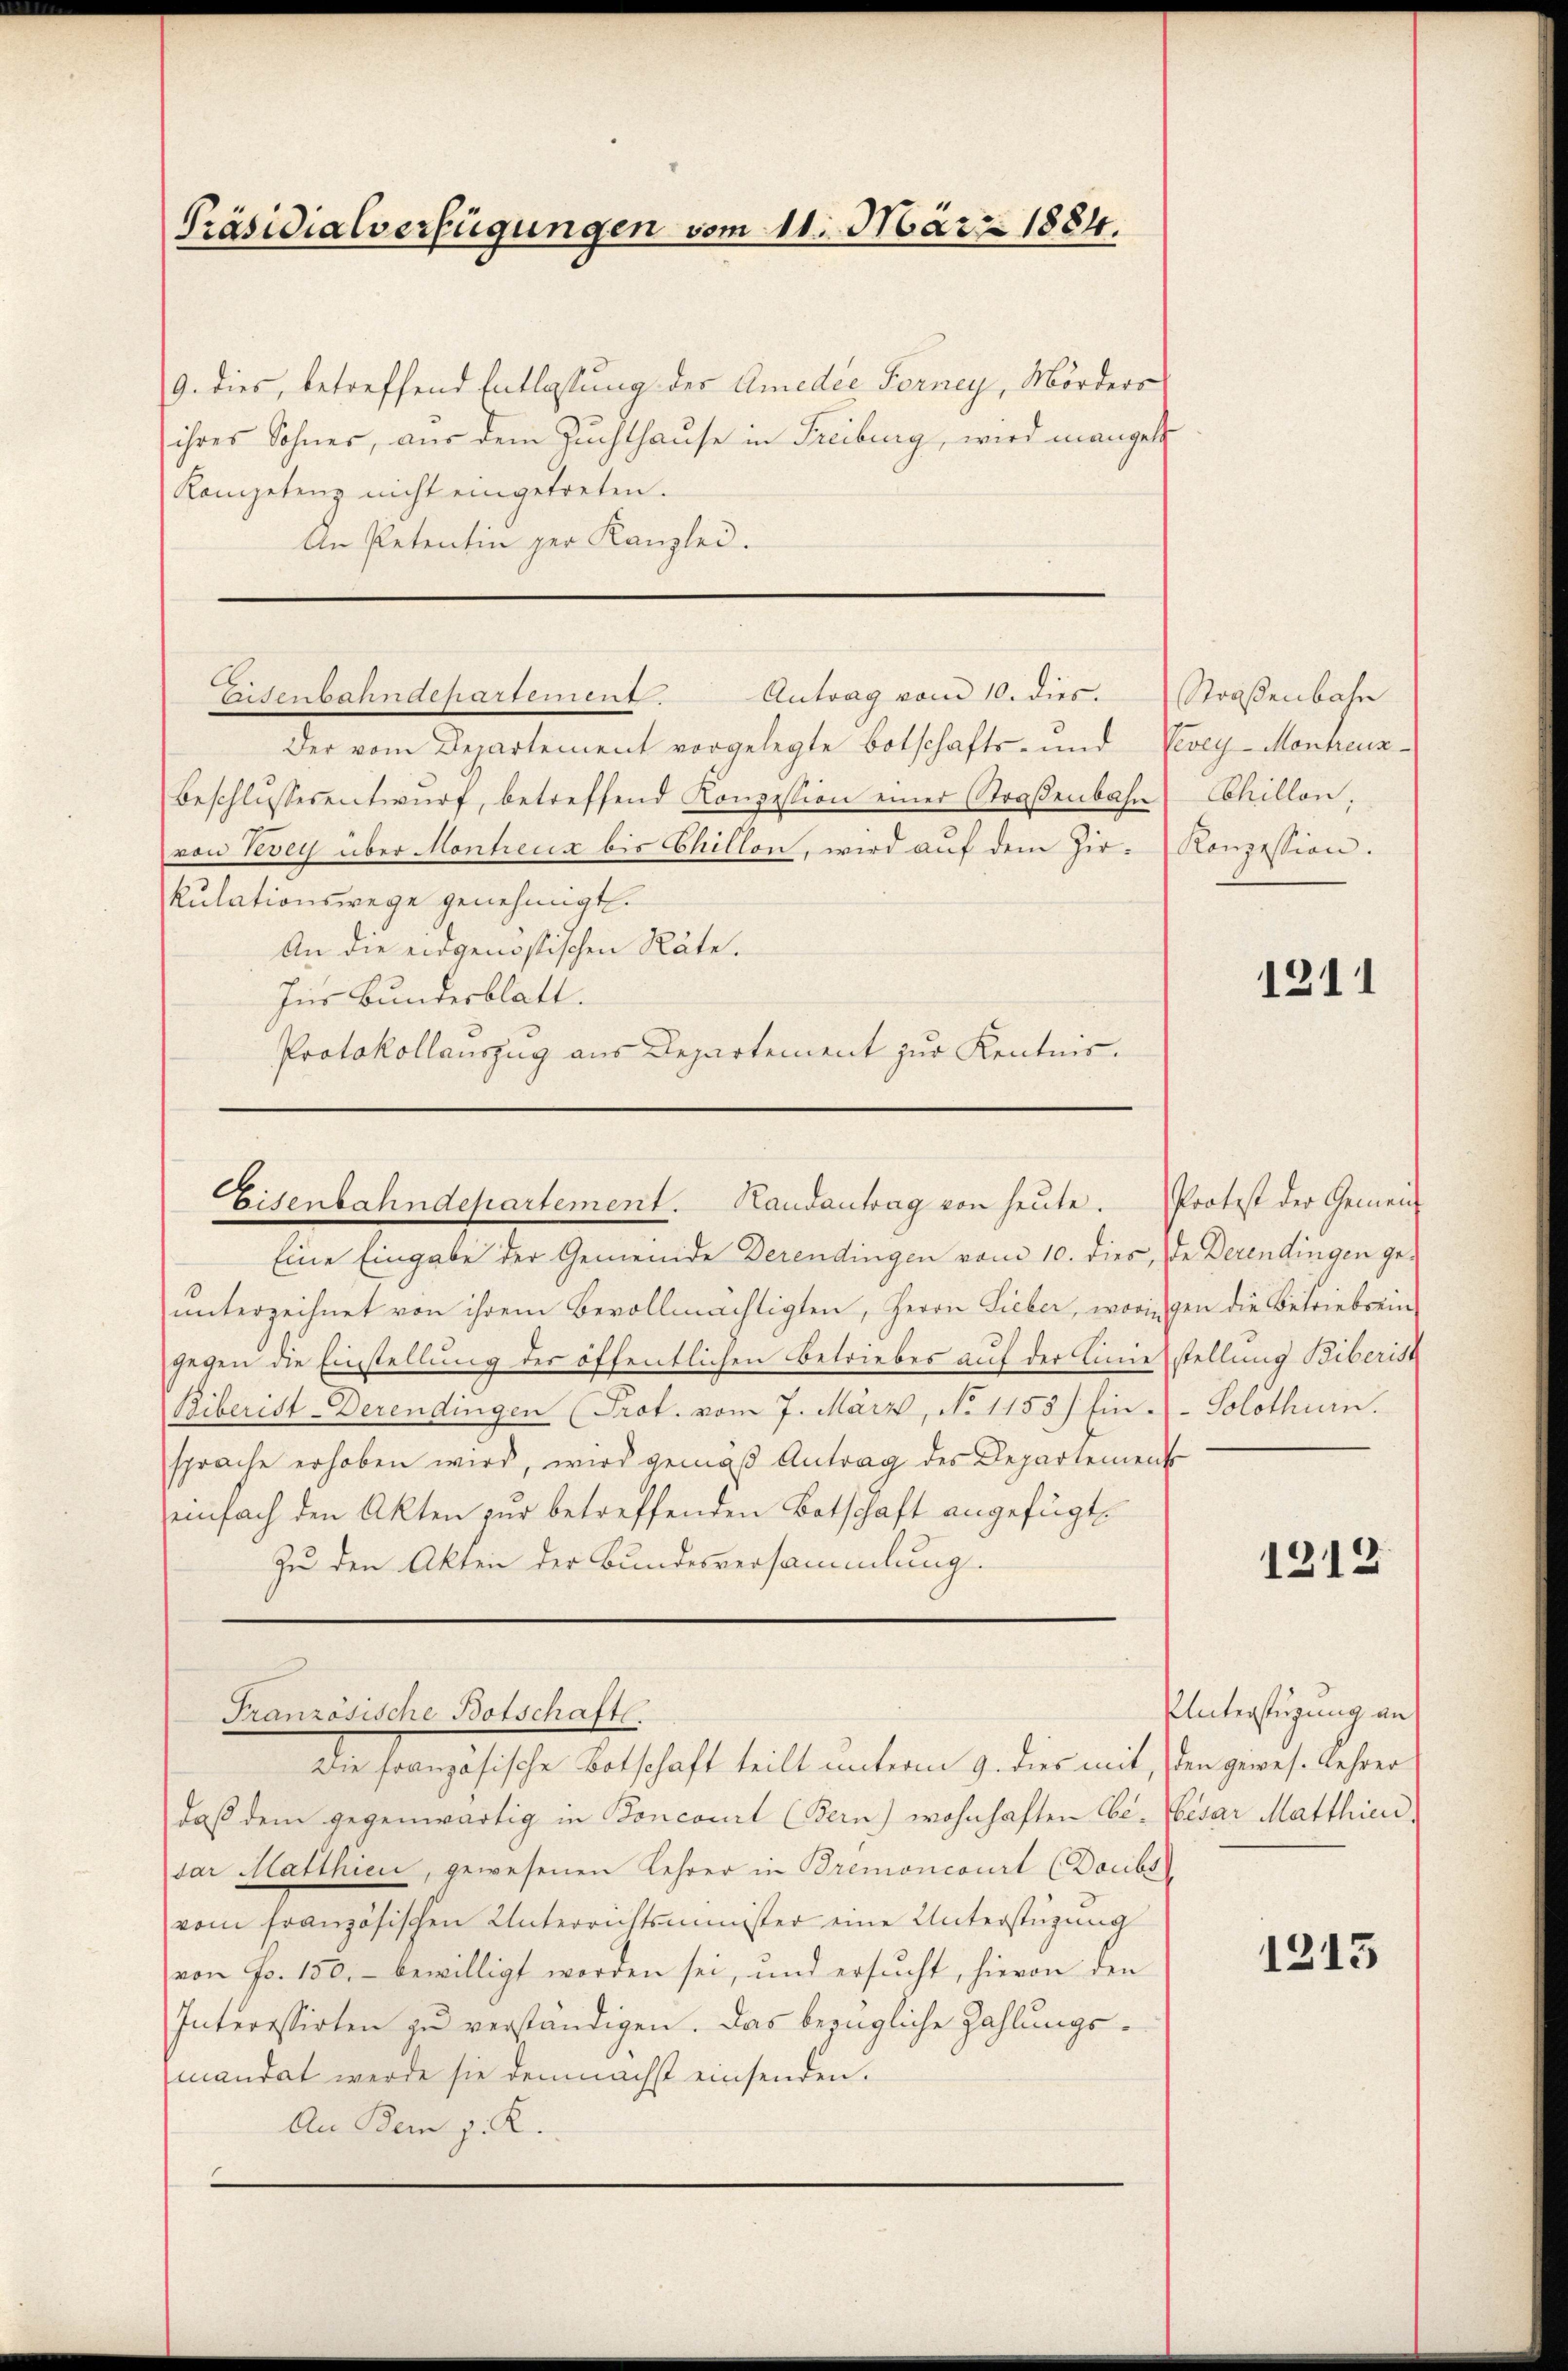
Präsidialverfügungen vom 11. März 1884.

9. dies, betreffend Entlassung der Amedie Ferney, Mörders
ihres Sohner, aus dem Zuchthause in Freiburg, wird mangel
Kompetenz nicht eingetreten.
An Petentin der Kanzlei.
Der vom Departement vorgelegte Botschafts- und
Beschlŭssesentwŭrf, betreffend Konzession einer Straßenbahn
von Vevey über Montreux bis Chillon, wird aŭf dem Zir-Konzession.
kulationswege genehmigt.
An die eidgenössischen Räte.
Ins Bundesblatt.
Protokollauszug aus Departement zur Kentnis.

Antrag vom 10. dies
Eisenbahndepartement.

Eisenbahndepartement. Handantrag von heute. Protest der Gemein-

Eine Eingabe der Gemeinde Derendingen vom 10. dies, de Derendingen geŭnterzeichnet von ihrem Bevollmächtigten, Herrn Lieber, woringen die Betriebrein-
gegen die Einstellung des öffentlichen Betriebes auf der Linie
Biberist-Derendingen (Prot. vom 7. März, No 1158) hin.
sprache erhoben wird, wird gemäß Antrag des Departement
einfach den Akten zur betreffenden Botschaft angefügt,
Zu den Akten der Bundesversammlung.
Französische Botschaft.
Die französische Botschaft teilt unterm 9. dies mit, den gewes. Lehrer
daβ dem gegenwärtig in Poncourt (Bern) wohnhaften Ge- Cesar Matthien,
dar Matthien, gewesenen Lehrer in Bremoncourt (Doubs
vom französischen Unterrichtsminister eine Unterstüzung
von Fr. 150.- bewilligt worden sei, und ersucht, hievon den
Interessirten zu verständigen. Das bezügliche Zahlungsmandat werde sie demnächst einsenden.
An Bern z. R.

Straßenbahn
Vevey-Monheuz
Chillon,

1211

stellung Biberist
Solothurn.

1212

Unterstüzung an

1213